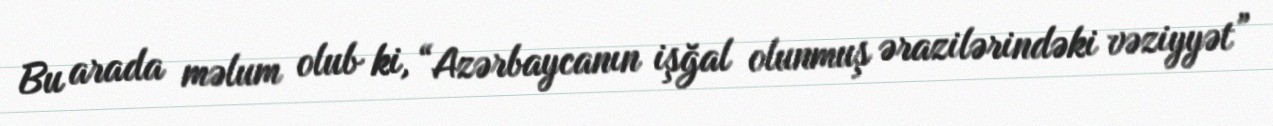
Bu arada məlum olub ki, “Azərbaycanın işğal olunmuş ərazilərindəki vəziyyət”